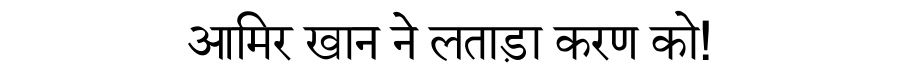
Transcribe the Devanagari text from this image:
आमिर खान ने लताड़ा करण को!